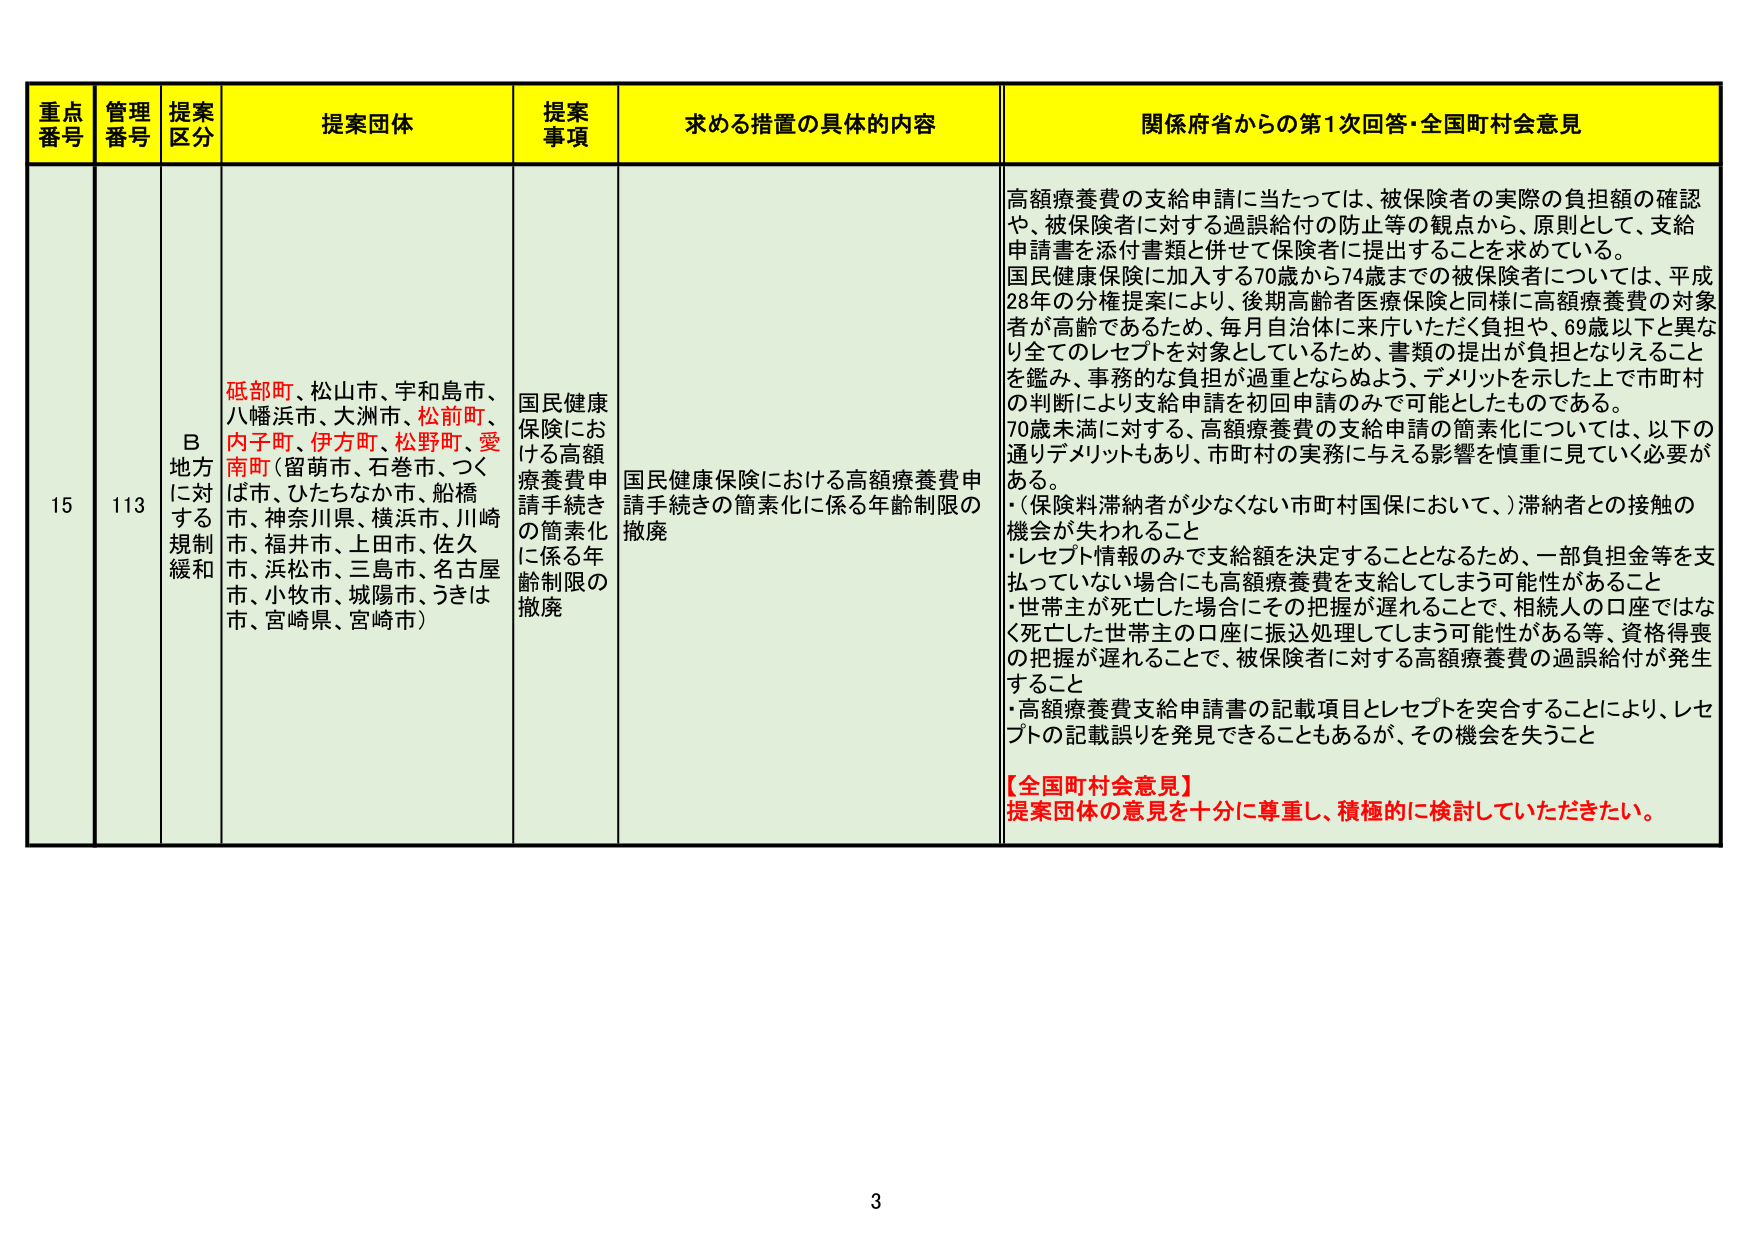
重点番号 管理番号 提案区分 提案団体 提案事項 求める措置の具体的内容 関係府省からの第1次回答・全国町村会意見
15 113 B 地方に対する規制緩和 砥部町、松山市、宇和島市、八幡浜市、大洲市、松前町、内子町、伊方町、松野町、愛南町（留萌市、石巻市、つくば市、ひたちなか市、船橋市、神奈川県、横浜市、川崎市、福井市、上田市、佐久市、浜松市、三島市、名古屋市、小牧市、城陽市、うきは市、宮崎県、宮崎市） 国民健康保険における高額療養費申請手続きの簡素化に係る年齢制限の撤廃 国民健康保険における高額療養費申請手続きの簡素化に係る年齢制限の撤廃 高額療養費の支給申請に当たっては、被保険者の実際の負担額の確認や、被保険者に対する過誤給付の防止等の観点から、原則として、支給申請書を添付書類と併せて保険者に提出することを求めている。国民健康保険に加入する70歳から74歳までの被保険者については、平成28年の分権提案により、後期高齢者医療保険と同様に高額療養費の対象者が高齢であるため、毎月自治体に来庁いただく負担や、69歳以下と異なり全てのレセプトを対象としているため、書類の提出が負担となりえることを鑑み、事務的な負担が過重とならぬよう、デメリットを示した上で市町村の判断により支給申請を初回申請のみで可能としたものである。70歳未満に対する、高額療養費の支給申請の簡素化については、以下の通りデメリットもあり、市町村の実務に与える影響を慎重に見ていく必要がある。・（保険料滞納者が少なくない市町村国保において、）滞納者との接触の機会が失われること・レセプト情報のみで支給額を決定することとなるため、一部負担金等を支払っていない場合にも高額療養費を支給してしまう可能性があること・世帯主が死亡した場合にその把握が遅れることで、相続人の口座ではなく死亡した世帯主の口座に振込処理してしまう可能性がある等、資格得喪の把握が遅れることで、被保険者に対する高額療養費の過誤給付が発生すること・高額療養費支給申請書の記載項目とレセプトを突合することにより、レセプトの記載誤りを発見できることもあるが、その機会を失うこと【全国町村会意見】提案団体の意見を十分に尊重し、積極的に検討していただきたい。 3